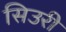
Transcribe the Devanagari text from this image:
सिउरी